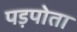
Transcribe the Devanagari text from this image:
पड़पोता